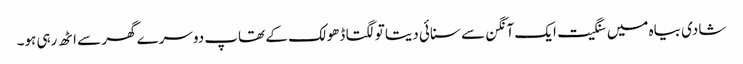
شادی بیاہ میں سنگیت ایک آنگن سے سنائی دیتا تو لگتا ڈھولک کے تھاپ دوسرے گھر سے اٹھ رہی ہو۔